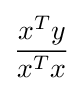
{\frac {x^{T}y}{x^{T}x}}